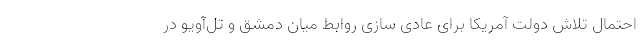
احتمال تلاش دولت آمریکا برای عادی سازی روابط میان دمشق و تل‌آویو در